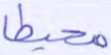
محيطا